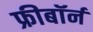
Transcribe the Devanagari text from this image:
फ्रीबॉर्न